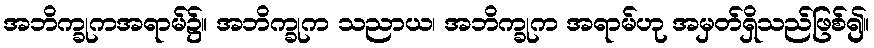
အဘိက္ခုကအရာမ်၌။ အဘိက္ခုက သညာယ၊ အဘိက္ခုက အရာမ်ဟု အမှတ်ရှိသည်ဖြစ်၍။